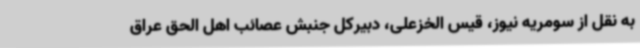
به نقل از سومریه نیوز، قیس الخزعلی، دبیرکل جنبش عصائب اهل الحق عراق